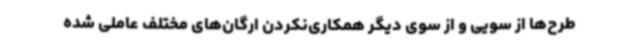
طرح‌ها از سویی و از سوی دیگر همکاری‌نکردن ارگان‌های مختلف عاملی شده